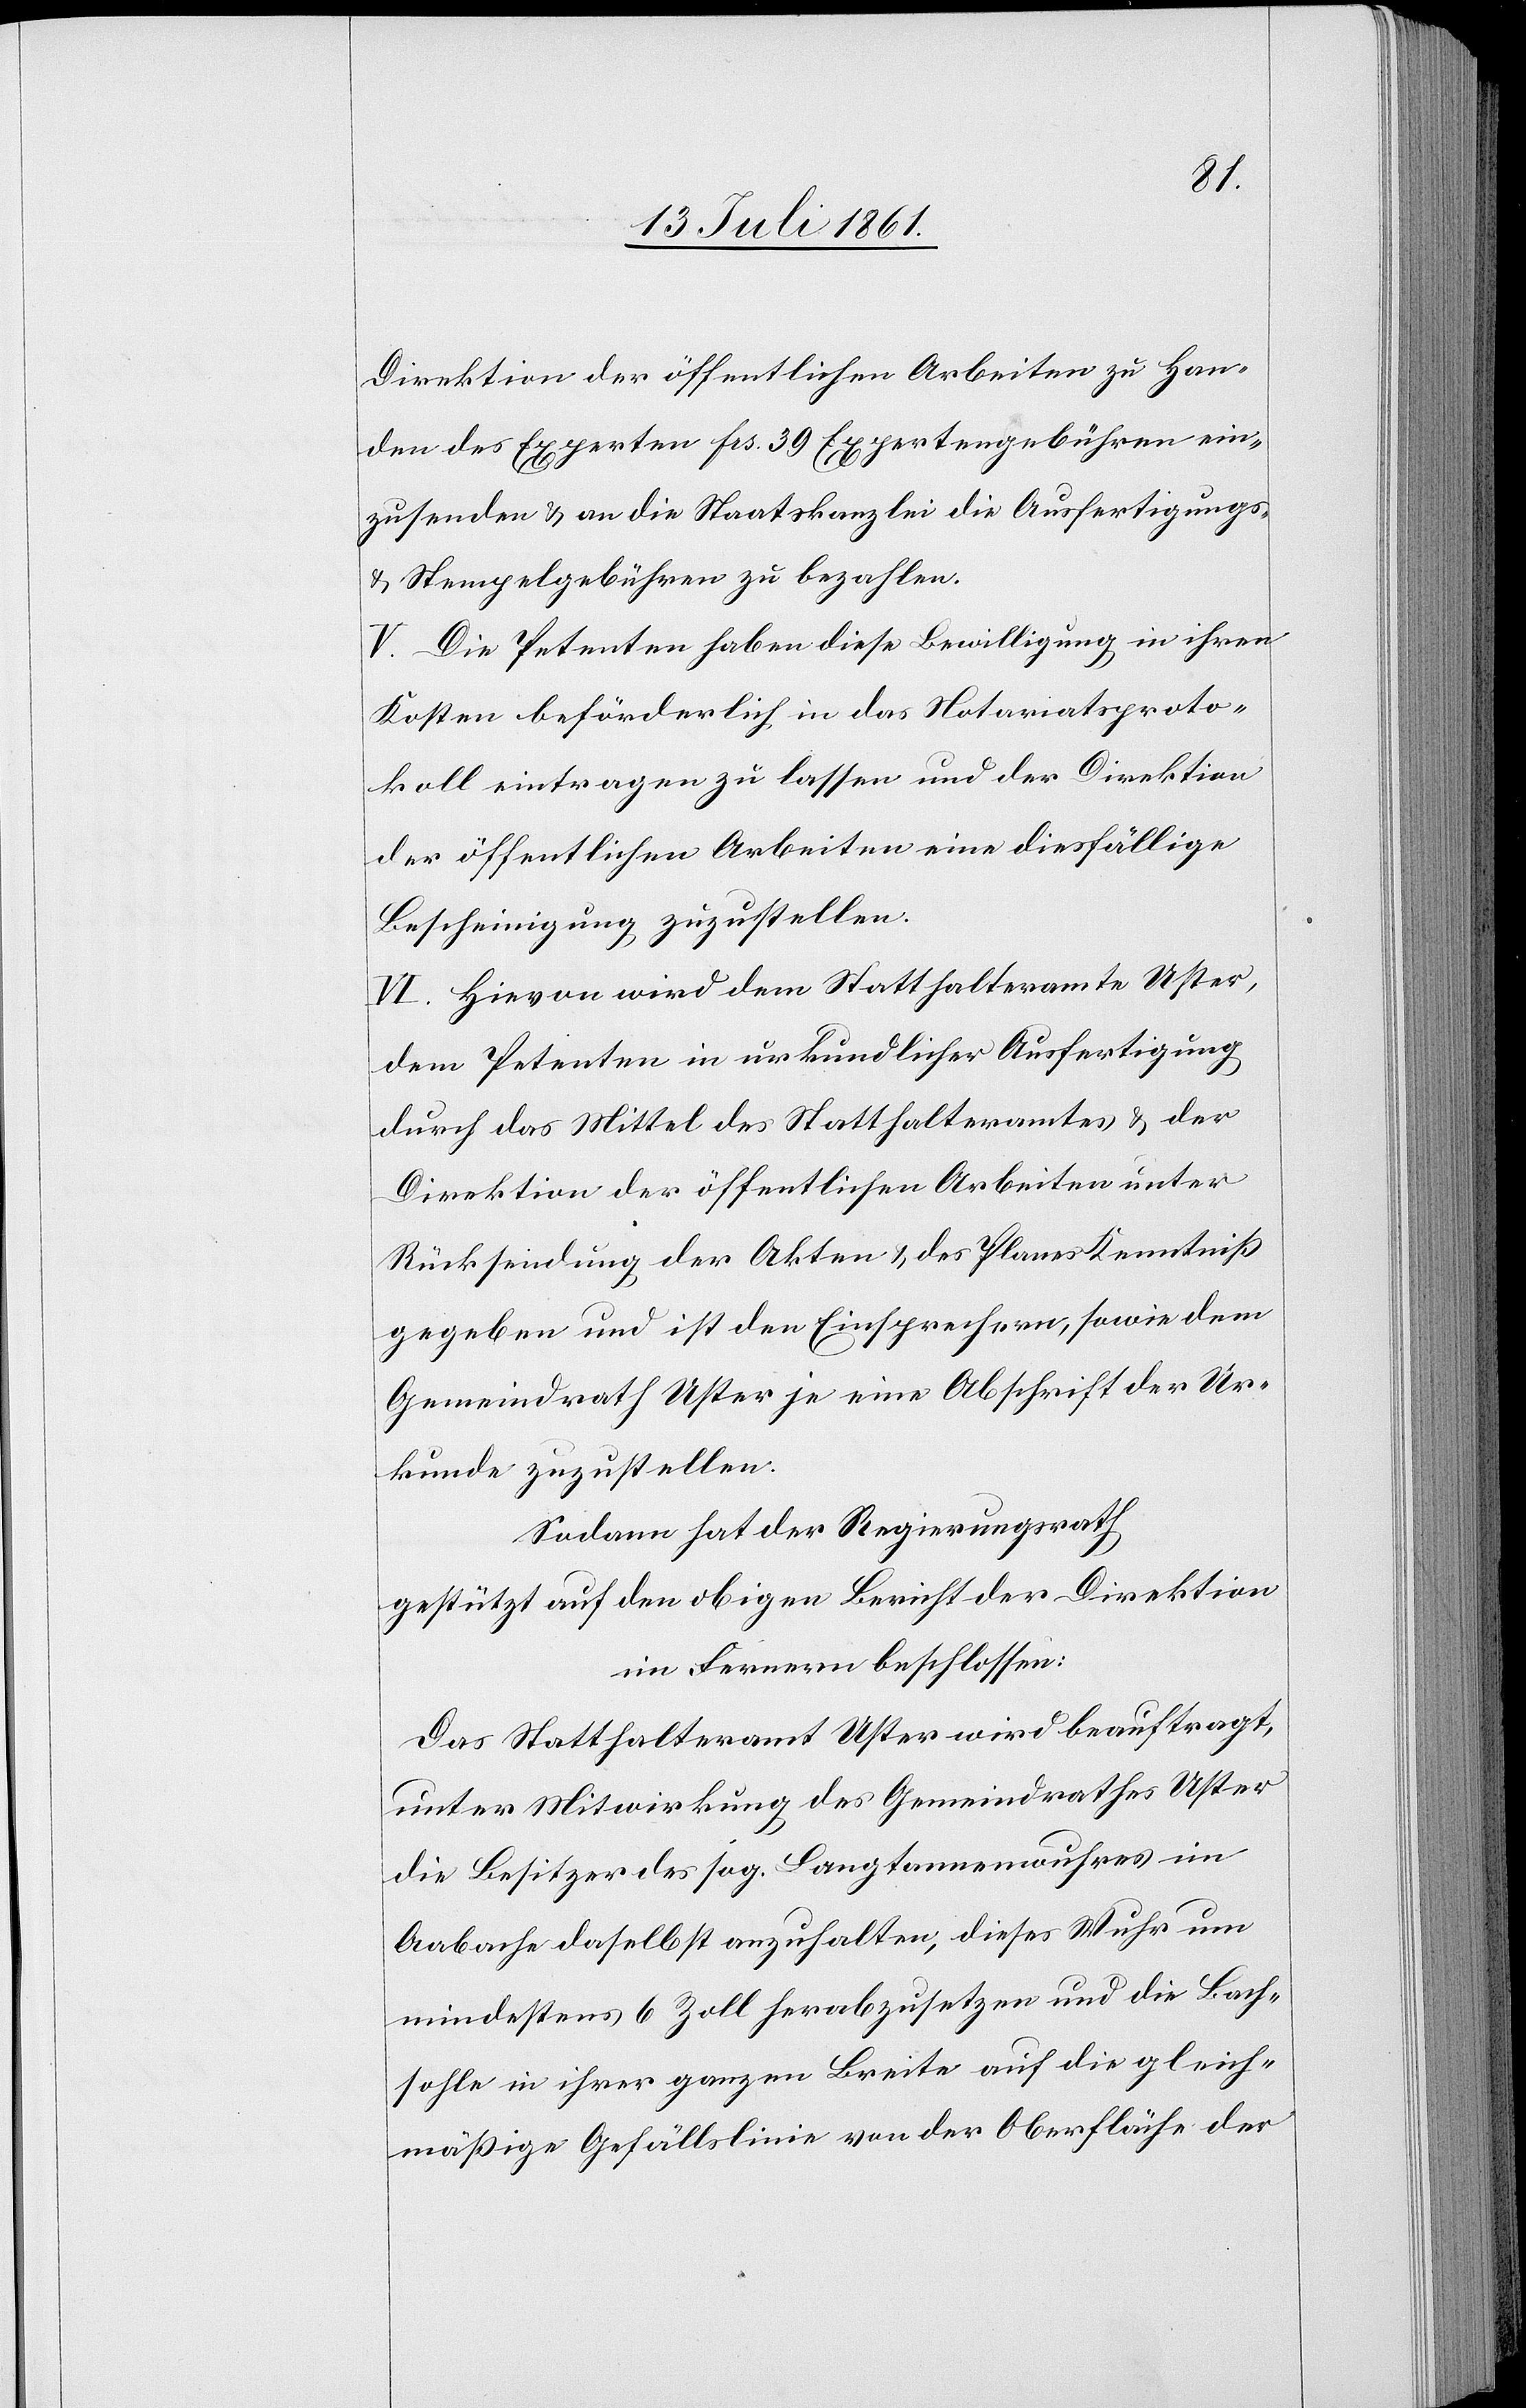
Direktion der öffentlichen Arbeiten zu Han¬
den des Experten fcs 39 Expertengebühren ein¬
zusenden u. an die Staatskanzlei die Ausfertigungs-
u. Stempelgebühren zu bezahlen.
V. Die Petenten haben diese Bewilligung in ihren
Kosten beförderlich in das Notariatsproto¬
koll eintragen zu lassen und der Direktion
der öffentlichen Arbeiten eine diesfällige
Bescheinigung zuzustellen.
IV. Hievon wird dem Statthalteramte Uster,
dem Petenten in urkundlicher Ausfertigung
durch das Mittel des Statthalteramtes u. der
Direktion der öffentlichen Arbeiten unter
Rücksendung der Akten u. des Planes Kenntniß
gegeben und ist den Einsprechern, sowie dem
Gemeindrath Uster je eine Abschrift der Ur¬
kunde zuzustellen.
Sodann hat der Regierungsrath,
gestützt auf den obigen Bericht der Direktion
im Fernern beschlossen:
Das Statthalteramt Uster wird beauftragt,
unter Mitwirkung des Gemeindrathes Uster
die Besitzer des sog. Langtannenwuhres im
Aabache daselbst anzuhalten, dieses Wuhr um
mindestens 6 Zoll herabzusetzen und die Bach¬
sohle in ihrer ganzen Breite auf die gleich¬
mäßige Gefällslinie von der Oberfläche der